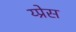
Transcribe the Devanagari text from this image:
य्प्रेस